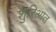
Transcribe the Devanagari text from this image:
शुरिआत